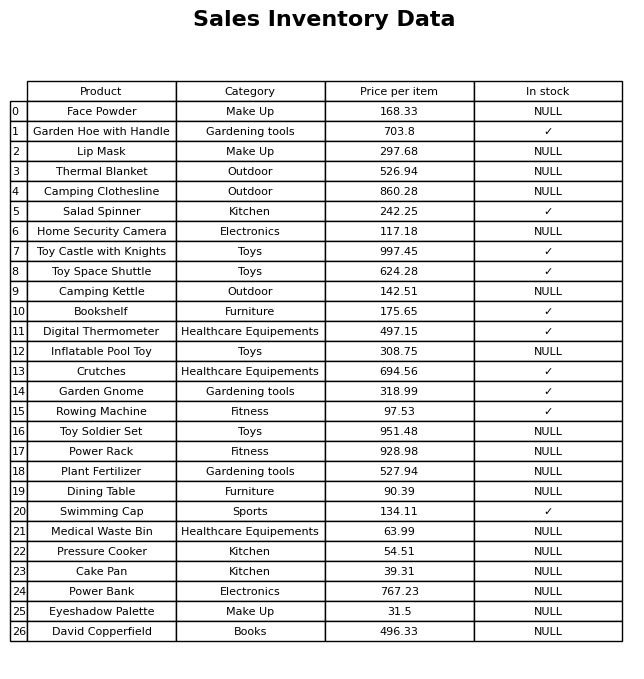
question: What is the price for Eyeshadow Palette?
answer: The price of Eyeshadow Palette is 31.5.